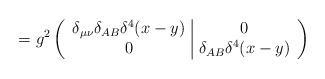
LaTeX: \begin{align*}=g^2\left(\begin{array}{c|c}\delta_{\mu\nu}\delta_{AB}\delta^4(x-y) & 0 \\0 & \delta_{AB}\delta^4(x-y)\end{array}\right)\end{align*}